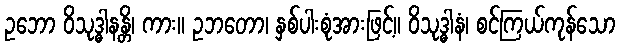
ဥဘော ဝိသုဒ္ဓါနန္တိ၊ ကား။ ဥဘတော၊ နှစ်ပါးစုံအားဖြင့်။ ဝိသုဒ္ဓါနံ၊ စင်ကြယ်ကုန်သော